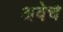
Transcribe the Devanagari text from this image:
अबेचे